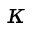
\kappa